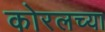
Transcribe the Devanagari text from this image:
कोरलच्या